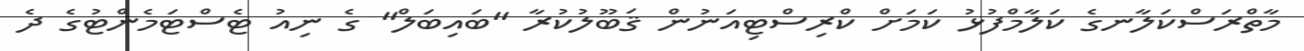
މާތްރަސްކަލާނގެ ކަލާމްފުޅު ކަމަށް ކްރިސްޓިއަނުން ޤަބޫލުކުރާ "ބައިބަލް" ގެ ނިއު ޓެސްޓަމެންޓުގެ ދެ